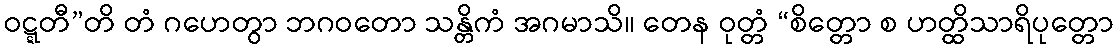
ဝဋ္ဋတီ”တိ တံ ဂဟေတွာ ဘဂဝတော သန္တိကံ အဂမာသိ။ တေန ဝုတ္တံ “စိတ္တော စ ဟတ္ထိသာရိပုတ္တော